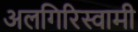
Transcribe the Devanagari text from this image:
अलगिरिस्वामी